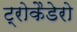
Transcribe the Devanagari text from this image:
ट्रोकैडेरो